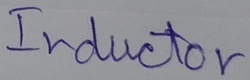
Text: Inductor